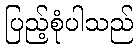
ပြည့်စုံပါသည်